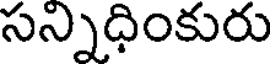
సన్నిధింకురు